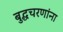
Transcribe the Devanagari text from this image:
बुद्धचरणांना